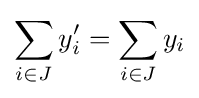
\sum _{i\in J}y'_{i}=\sum _{i\in J}y_{i}